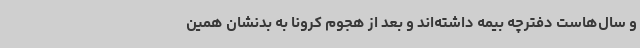
و سال‌هاست دفترچه بیمه داشته‌اند و بعد از هجوم کرونا به بدنشان همین